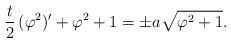
LaTeX: \begin{align*} \frac{t}{2} \,(\varphi ^2)' + \varphi ^2 + 1 = \pm a \sqrt{\varphi ^2 + 1}.\end{align*}